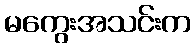
မကွေးအသင်းက